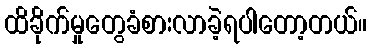
ထိခိုက်မှုတွေခံစားလာခဲ့ရပါတော့တယ်။